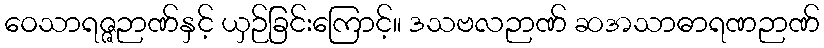
ဝေသာရဇ္ဇဉာဏ်နှင့် ယှဉ်ခြင်းကြောင့်။ ဒသဗလဉာဏ် ဆအသာဓာရဏဉာဏ်